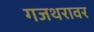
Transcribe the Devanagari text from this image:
गजथरावर